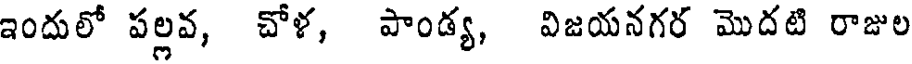
ఇందులో పల్లవ, చోళ, పాండ్య, విజయనగర మొదటి రాజుల